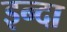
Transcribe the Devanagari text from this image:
इन्दा